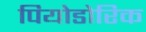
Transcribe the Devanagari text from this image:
पियोडोरिक